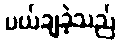
ပယ်ချခဲ့သည်